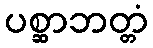
ပစ္ဆာဘတ္တံ